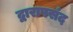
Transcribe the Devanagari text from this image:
द्वारापसंद